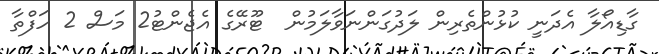
ގާޑިއޯލާ އެދަނީ ކުޅުންތެރިން ލަދުގަންނަވާލަމުން  ޓޫރޭގެ އެޖެންޓު2 މަސް 2 ހަފްތާ